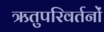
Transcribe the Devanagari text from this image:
ऋतुपरिवर्तनों